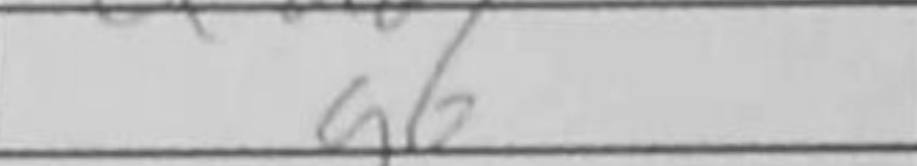
Transcription: g6